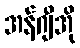
အန်ဂျီအို